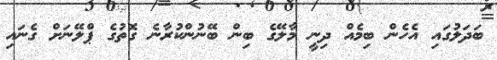
ބަދަލުގައި އެހެން ބިމެއް ދިނީ މާލޭގެ ބިން ބޭނުންކުރާނެ ގޮތުގެ ޕްލޭނަށް ގެނައި